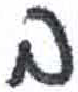
אות: ב